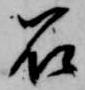
石